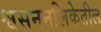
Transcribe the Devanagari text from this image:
श्वसननलिकेतील